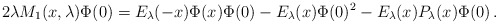
\begin{align*}2\lambda M_1(x,\lambda)\Phi(0)=E_\lambda(-x)\Phi(x)\Phi(0)-E_\lambda(x)\Phi(0)^2-E_\lambda(x)P_{\lambda}(x)\Phi(0)\,.\end{align*}